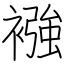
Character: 襁